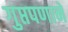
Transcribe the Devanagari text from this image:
गुप्तपणाने